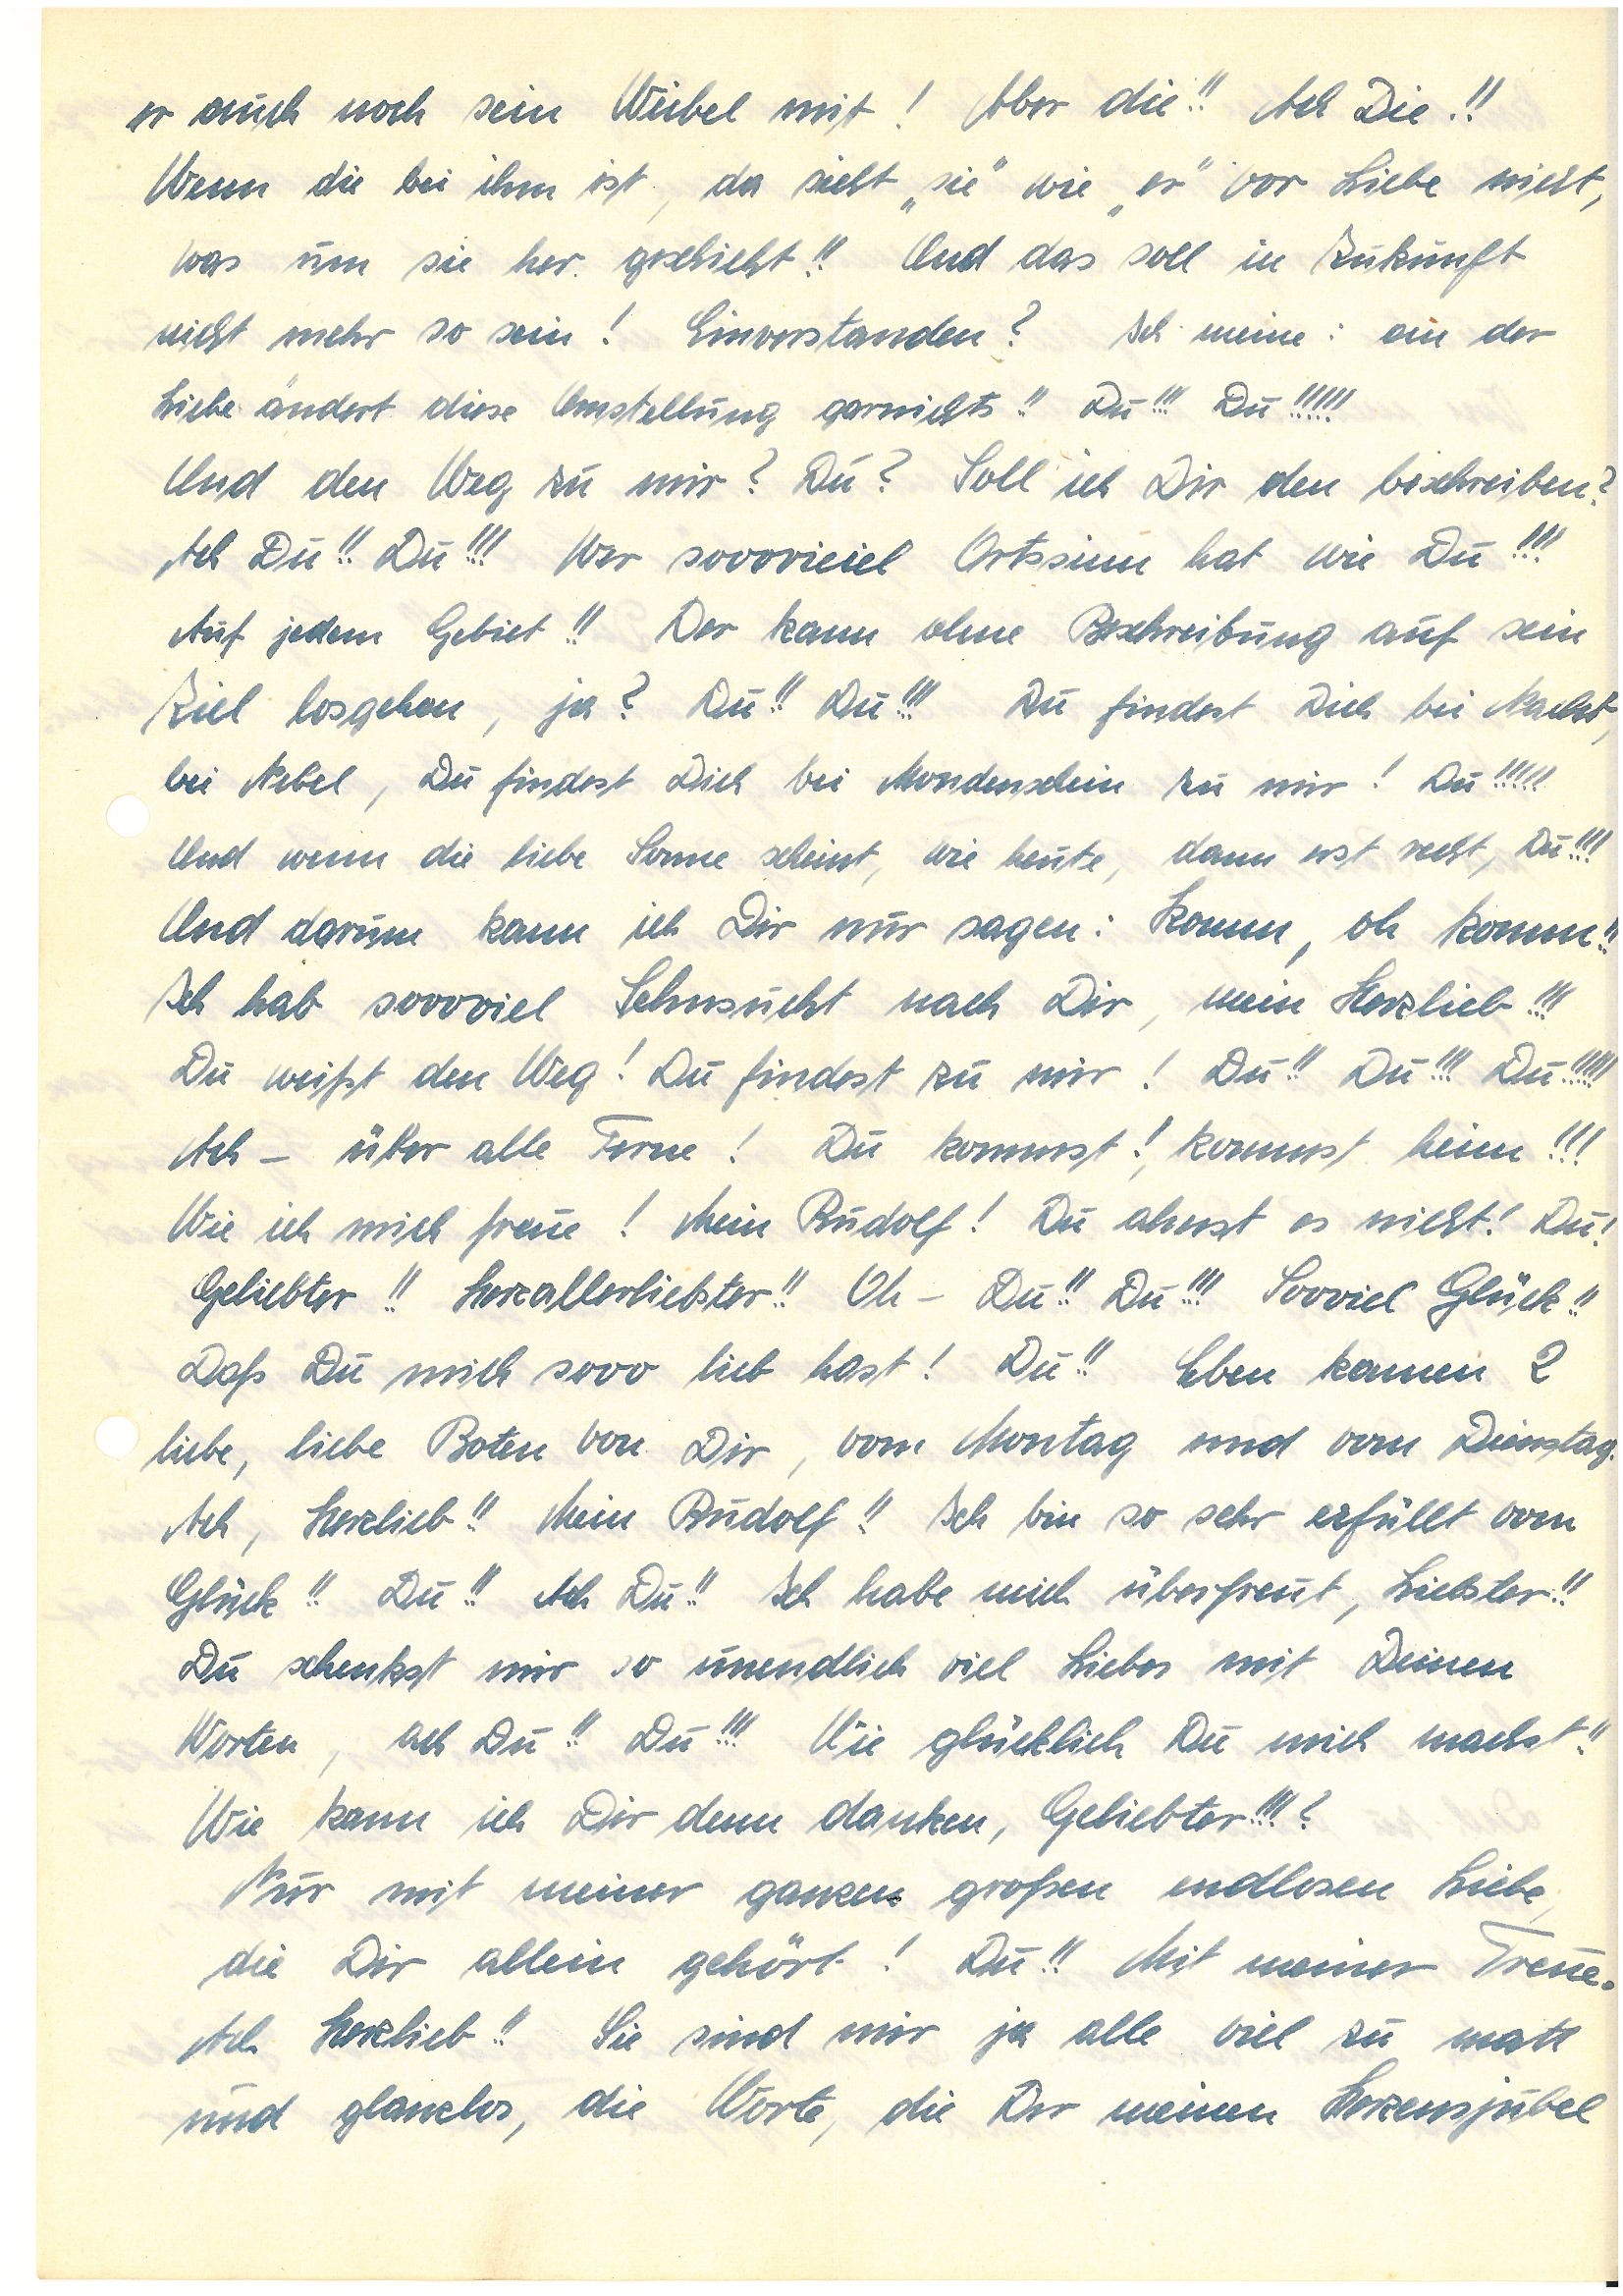
er auch noch sein Weibel mit! Aber die!! Ach Die!!
Wenn die bei ihm ist, da sieht “sie” wie “er” vor Liebe nicht,
was um sie her geschieht!! Und das soll in Zukunft
nicht mehr so sein! Einverstanden? Ich meine: an der
Liebe ändert diese Umstellung garnichts!! Du!!! Du!!!!!
Und den Weg zu mir? Du? Soll ich Dir den beschreiben?
Ach Du!! Du!!! Wer sooovieiel Ortsinn hat wie Du!!!
Auf jedem Gebiet!! Der kann ohne Beschreibung auf sein
Ziel losgehen, ja? Du!! Du!!! Du findest Dich bei Nacht,
bei Nebel, Du findest Dich bei Mondenschein zu mir! Du!!!!!
Und wenn die liebe Sonne scheint, wie heute, dann erst recht, Du!!!
Und darum kann ich Dir nur sagen: Komm, oh komm!!
Ich hab soooviel Sehnsucht nach Dir, mein Herzlieb!!!
Du weißt den Weg! Du findest zu mir! Du!! Du!!! Du!!!!!
Ach – über alle Ferne! Du kommst!, kommst heim!!!
Wie ich mich freue! Mein ! Du ahnst es nicht! Du!
Geliebter!! Herzallerliebster!! Oh – Du!! Du!!! Sooviel Glück!!
Daß Du mich soo lieb hast! Du!! Eben kamen 2
liebe, liebe Boten von Dir, vom Montag und vom Dienstag.
Ach, Herzlieb!! Mein!! Ich bin so sehr erfüllt vom
Glück!! Du!! Ach Du!! Ich habe mich überfreut, Liebster!!
Du schenkst mir so unendlich viel Liebes mit Deinen
Worten, ach Du!! Du!!! Wie glücklich Du mich machst!!
Wie kann ich Dir denn danken, Geliebter!!!?
Nur mit meiner ganzen großen endlosen Liebe,
die Dir allein gehört! Du!! Mit meiner Treue.
Ach Herzlieb!! Sie sind mir ja alle viel zu matt
und glanzlos, die Worte, die Dir meinen Herzensjubel